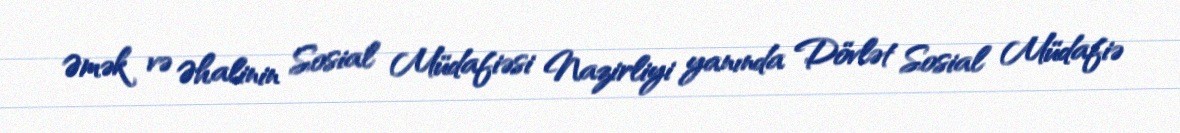
Əmək və Əhalinin Sosial Müdafiəsi Nazirliyi yanında Dövlət Sosial Müdafiə